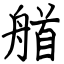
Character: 艏